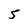
Character: 5